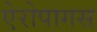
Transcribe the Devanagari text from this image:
ऐरोपागस